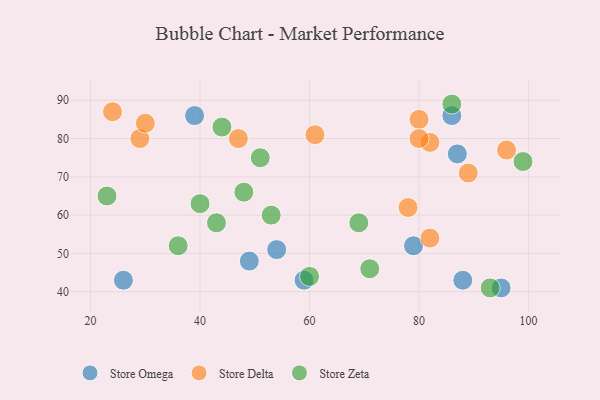
{"axis": {"x": "GDP", "y": "Life Expectancy"}, "legend": ["Store Delta", "Store Omega", "Store Zeta"], "data": [{"x": "59", "y": 43, "type": "Store Omega"}, {"x": "26", "y": 43, "type": "Store Omega"}, {"x": "49", "y": 48, "type": "Store Omega"}, {"x": "95", "y": 41, "type": "Store Omega"}, {"x": "54", "y": 51, "type": "Store Omega"}, {"x": "88", "y": 43, "type": "Store Omega"}, {"x": "86", "y": 86, "type": "Store Omega"}, {"x": "39", "y": 86, "type": "Store Omega"}, {"x": "79", "y": 52, "type": "Store Omega"}, {"x": "87", "y": 76, "type": "Store Omega"}, {"x": "96", "y": 77, "type": "Store Delta"}, {"x": "82", "y": 79, "type": "Store Delta"}, {"x": "89", "y": 71, "type": "Store Delta"}, {"x": "61", "y": 81, "type": "Store Delta"}, {"x": "24", "y": 87, "type": "Store Delta"}, {"x": "82", "y": 54, "type": "Store Delta"}, {"x": "29", "y": 80, "type": "Store Delta"}, {"x": "80", "y": 85, "type": "Store Delta"}, {"x": "30", "y": 84, "type": "Store Delta"}, {"x": "47", "y": 80, "type": "Store Delta"}, {"x": "78", "y": 62, "type": "Store Delta"}, {"x": "80", "y": 80, "type": "Store Delta"}, {"x": "51", "y": 75, "type": "Store Zeta"}, {"x": "43", "y": 58, "type": "Store Zeta"}, {"x": "86", "y": 89, "type": "Store Zeta"}, {"x": "71", "y": 46, "type": "Store Zeta"}, {"x": "60", "y": 44, "type": "Store Zeta"}, {"x": "23", "y": 65, "type": "Store Zeta"}, {"x": "40", "y": 63, "type": "Store Zeta"}, {"x": "36", "y": 52, "type": "Store Zeta"}, {"x": "48", "y": 66, "type": "Store Zeta"}, {"x": "53", "y": 60, "type": "Store Zeta"}, {"x": "69", "y": 58, "type": "Store Zeta"}, {"x": "93", "y": 41, "type": "Store Zeta"}, {"x": "99", "y": 74, "type": "Store Zeta"}, {"x": "44", "y": 83, "type": "Store Zeta"}]}